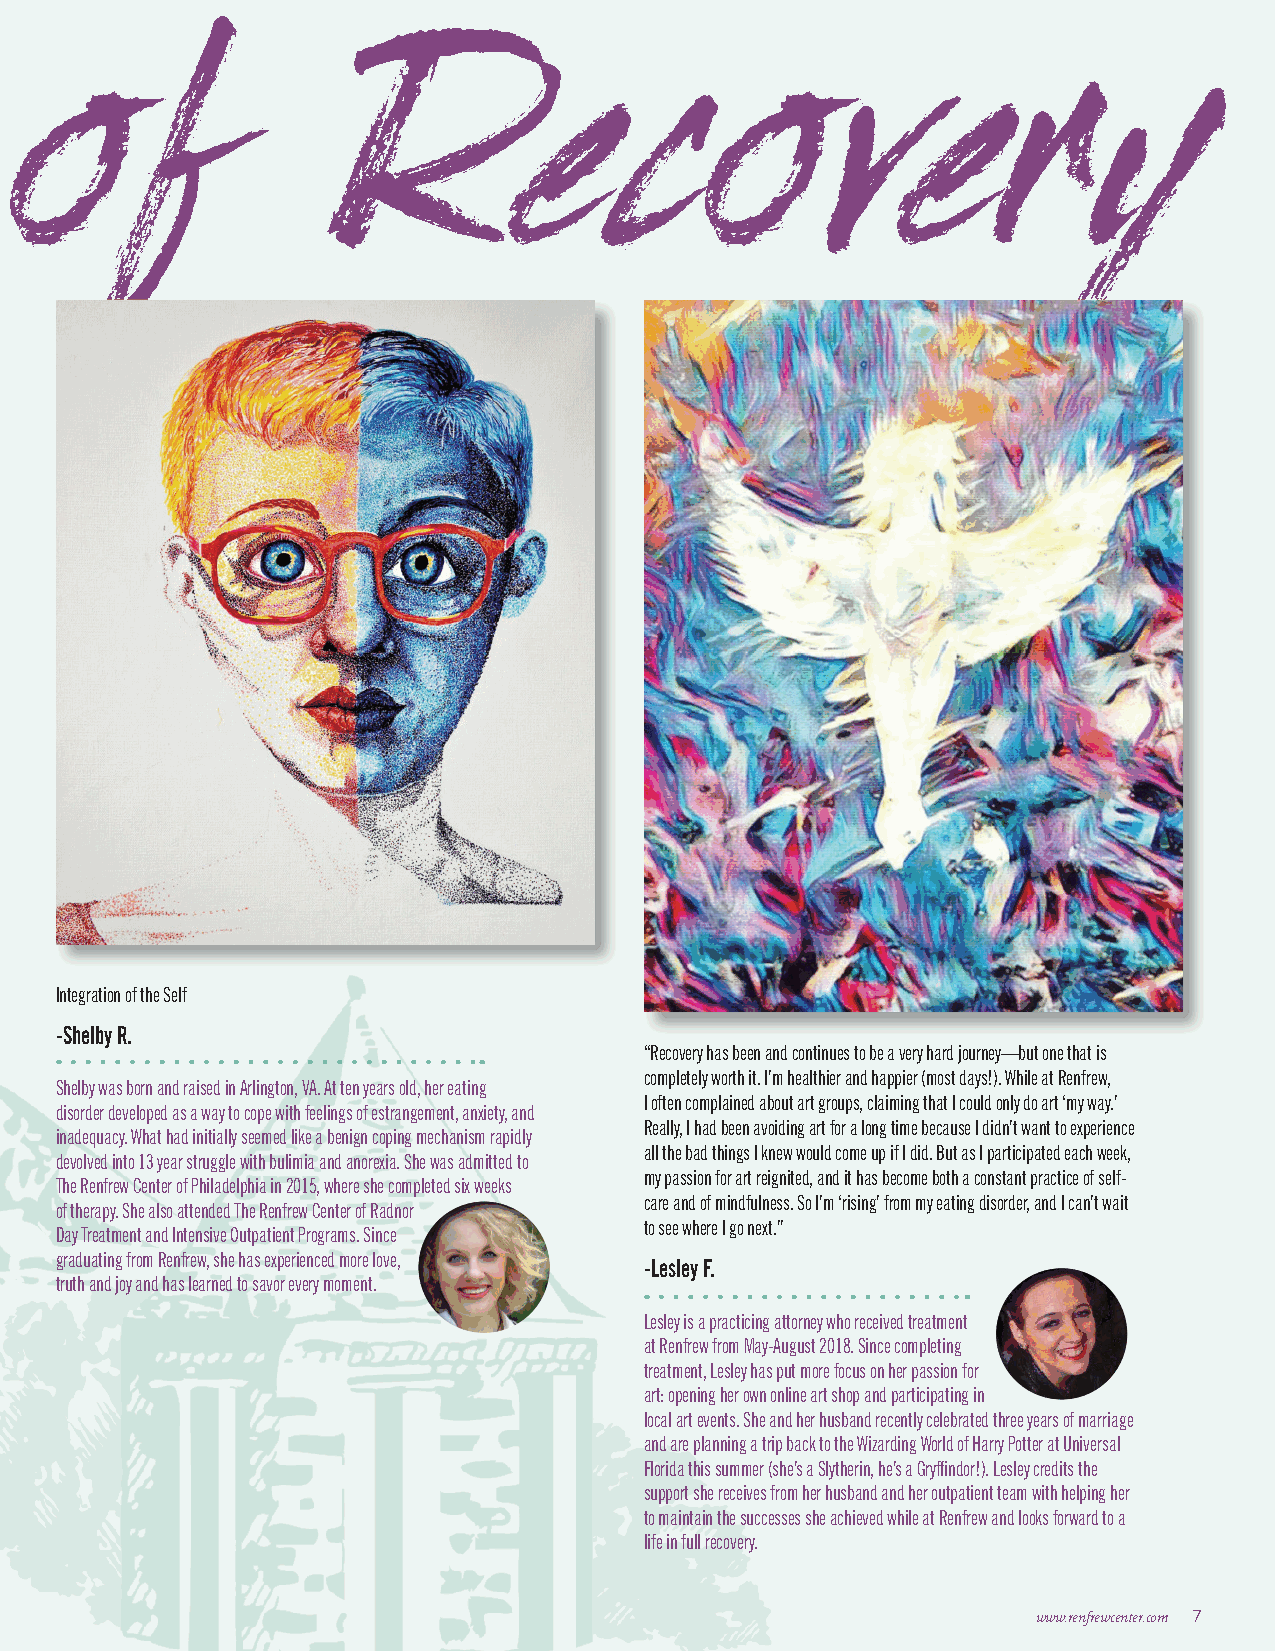
Expressions of       Recovery
 Integration of the Self
 -Shelby R.
 “Recovery has been and continues to be a very hard journey—but one that is
 completely worth it. I’m healthier and happier (most days!). While at Renfrew,
 Shelby was born and raised in Arlington, VA. At ten years old, her eating
 I often complained about art groups, claiming that I could only do art ‘my way.’
 disorder developed as a way to cope with feelings of estrangement, anxiety, and
 Really, I had been avoiding art for a long time because I didn’t want to experience
 inadequacy. What had initially seemed like a benign coping mechanism rapidly
 all the bad things I knew would come up if I did. But as I participated each week,
 devolved into 13 year struggle with bulimia and anorexia. She was admitted to
 my passion for art reignited, and it has become both a constant practice of self-
 The Renfrew Center of Philadelphia in 2015, where she completed six weeks
 care and of mindfulness. So I’m ‘rising’ from my eating disorder, and I can’t wait
 of therapy. She also attended The Renfrew Center of Radnor
 to see where I go next.”
 Day Treatment and Intensive Outpatient Programs. Since
 graduating from Renfrew, she has experienced more love,
 -Lesley F.
 truth and joy and has learned to savor every moment.
 Lesley is a practicing attorney who received treatment
 at Renfrew from May-August 2018. Since completing
 treatment, Lesley has put more focus on her passion for
 art: opening her own online art shop and participating in
 local art events. She and her husband recently celebrated three years of marriage
 and are planning a trip back to the Wizarding World of Harry Potter at Universal
 Florida this summer (she’s a Slytherin, he’s a Gryffindor!). Lesley credits the
 support she receives from her husband and her outpatient team with helping her
 to maintain the successes she achieved while at Renfrew and looks forward to a
 life in full recovery.
 www.renfrewcenter.com 7